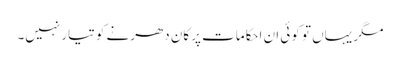
مگر یہاں تو کوئی ان احکامات پر کان دھرنے کو تیار نہیں۔